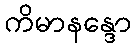
ကိမာနန္ဒော